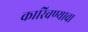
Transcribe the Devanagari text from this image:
कारिवण्याचा